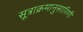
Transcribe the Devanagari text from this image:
सूत्राक्रमानुसारिणी